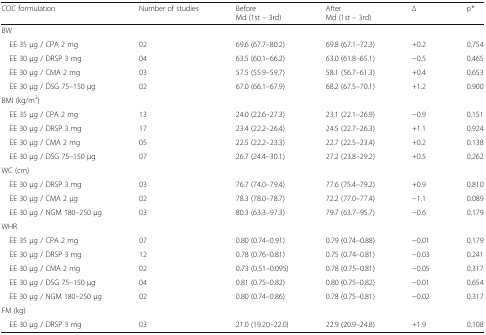
<table><thead><tr><td><b>COC formulation</b></td><td><b>Number of studies</b></td><td><b>BeforeMd (1st – 3rd)</b></td><td><b>AfterMd (1st – 3rd)</b></td><td><b>∆</b></td><td><b>p*</b></td></tr></thead><tbody><tr><td colspan="6">BW</td></tr><tr><td> EE 35 μg / CPA 2 mg</td><td>02</td><td>69.6 (67.7–80.2)</td><td>69.8 (67.1–72.3)</td><td>+0.2</td><td>0.754</td></tr><tr><td> EE 30 μg / DRSP 3 mg</td><td>04</td><td>63.5 (60.1–66.2)</td><td>63.0 (61.8–65.1)</td><td>−0.5</td><td>0.465</td></tr><tr><td> EE 30 μg / CMA 2 mg</td><td>03</td><td>57.5 (55.9–59.7)</td><td>58.1 (56.7–61.3)</td><td>+0.4</td><td>0.653</td></tr><tr><td> EE 30 μg / DSG 75–150 μg</td><td>02</td><td>67.0 (66.1–67.9)</td><td>68.2 (67.5–70.1)</td><td>+1.2</td><td>0.900</td></tr><tr><td colspan="6">BMI (kg/m<sup>2</sup>)</td></tr><tr><td> EE 35 μg / CPA 2 mg</td><td>13</td><td>24.0 (22.6–27.3)</td><td>23.1 (22.1–26.9)</td><td>−0.9</td><td>0.151</td></tr><tr><td> EE 30 μg / DRSP 3 mg</td><td>17</td><td>23.4 (22.2–26.4)</td><td>24.5 (22.7–26.3)</td><td>+1.1</td><td>0.924</td></tr><tr><td> EE 30 μg / CMA 2 mg</td><td>05</td><td>22.5 (22.2–23.3)</td><td>22.7 (22.5–23.4)</td><td>+0.2</td><td>0.138</td></tr><tr><td> EE 30 μg / DSG 75–150 μg</td><td>07</td><td>26.7 (24.4–30.1)</td><td>27.2 (23.8–29.2)</td><td>+0.5</td><td>0.262</td></tr><tr><td colspan="6">WC (cm)</td></tr><tr><td> EE 30 μg / DRSP 3 mg</td><td>03</td><td>76.7 (74.0–79.4)</td><td>77.6 (75.4–79.2)</td><td>+0.9</td><td>0.810</td></tr><tr><td> EE 30 μg / CMA 2 μg</td><td>02</td><td>78.3 (78.0–78.7)</td><td>72.2 (77.0–77.4)</td><td>−1.1</td><td>0.089</td></tr><tr><td> EE 30 μg / NGM 180–250 μg</td><td>03</td><td>80.3 (63.3–97.3)</td><td>79.7 (63.7–95.7)</td><td>−0.6</td><td>0.179</td></tr><tr><td colspan="6">WHR</td></tr><tr><td> EE 35 μg / CPA 2 mg</td><td>07</td><td>0.80 (0.74–0.91)</td><td>0.79 (0.74–0.88)</td><td>−0.01</td><td>0.179</td></tr><tr><td> EE 30 μg / DRSP 3 mg</td><td>12</td><td>0.78 (0.76–0.81)</td><td>0.75 (0.74–0.81)</td><td>−0.03</td><td>0.241</td></tr><tr><td> EE 30 μg / CMA 2 mg</td><td>02</td><td>0.73 (0.51–0.095)</td><td>0.78 (0.75–0.81)</td><td>−0.05</td><td>0.317</td></tr><tr><td> EE 30 μg / DSG 75–150 μg</td><td>04</td><td>0.81 (0.75–0.82)</td><td>0.80 (0.75–0.82)</td><td>−0.01</td><td>0.654</td></tr><tr><td> EE 30 μg / NGM 180–250 μg</td><td>02</td><td>0.80 (0.74–0.86)</td><td>0.78 (0.75–0.81)</td><td>−0.02</td><td>0.317</td></tr><tr><td colspan="6">FM (kg)</td></tr><tr><td> EE 30 μg / DRSP 3 mg</td><td>03</td><td>21.0 (19.20–22.0)</td><td>22.9 (20.9–24.8)</td><td>+1.9</td><td>0.108</td></tr></tbody></table>